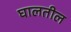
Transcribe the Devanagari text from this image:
घालतील